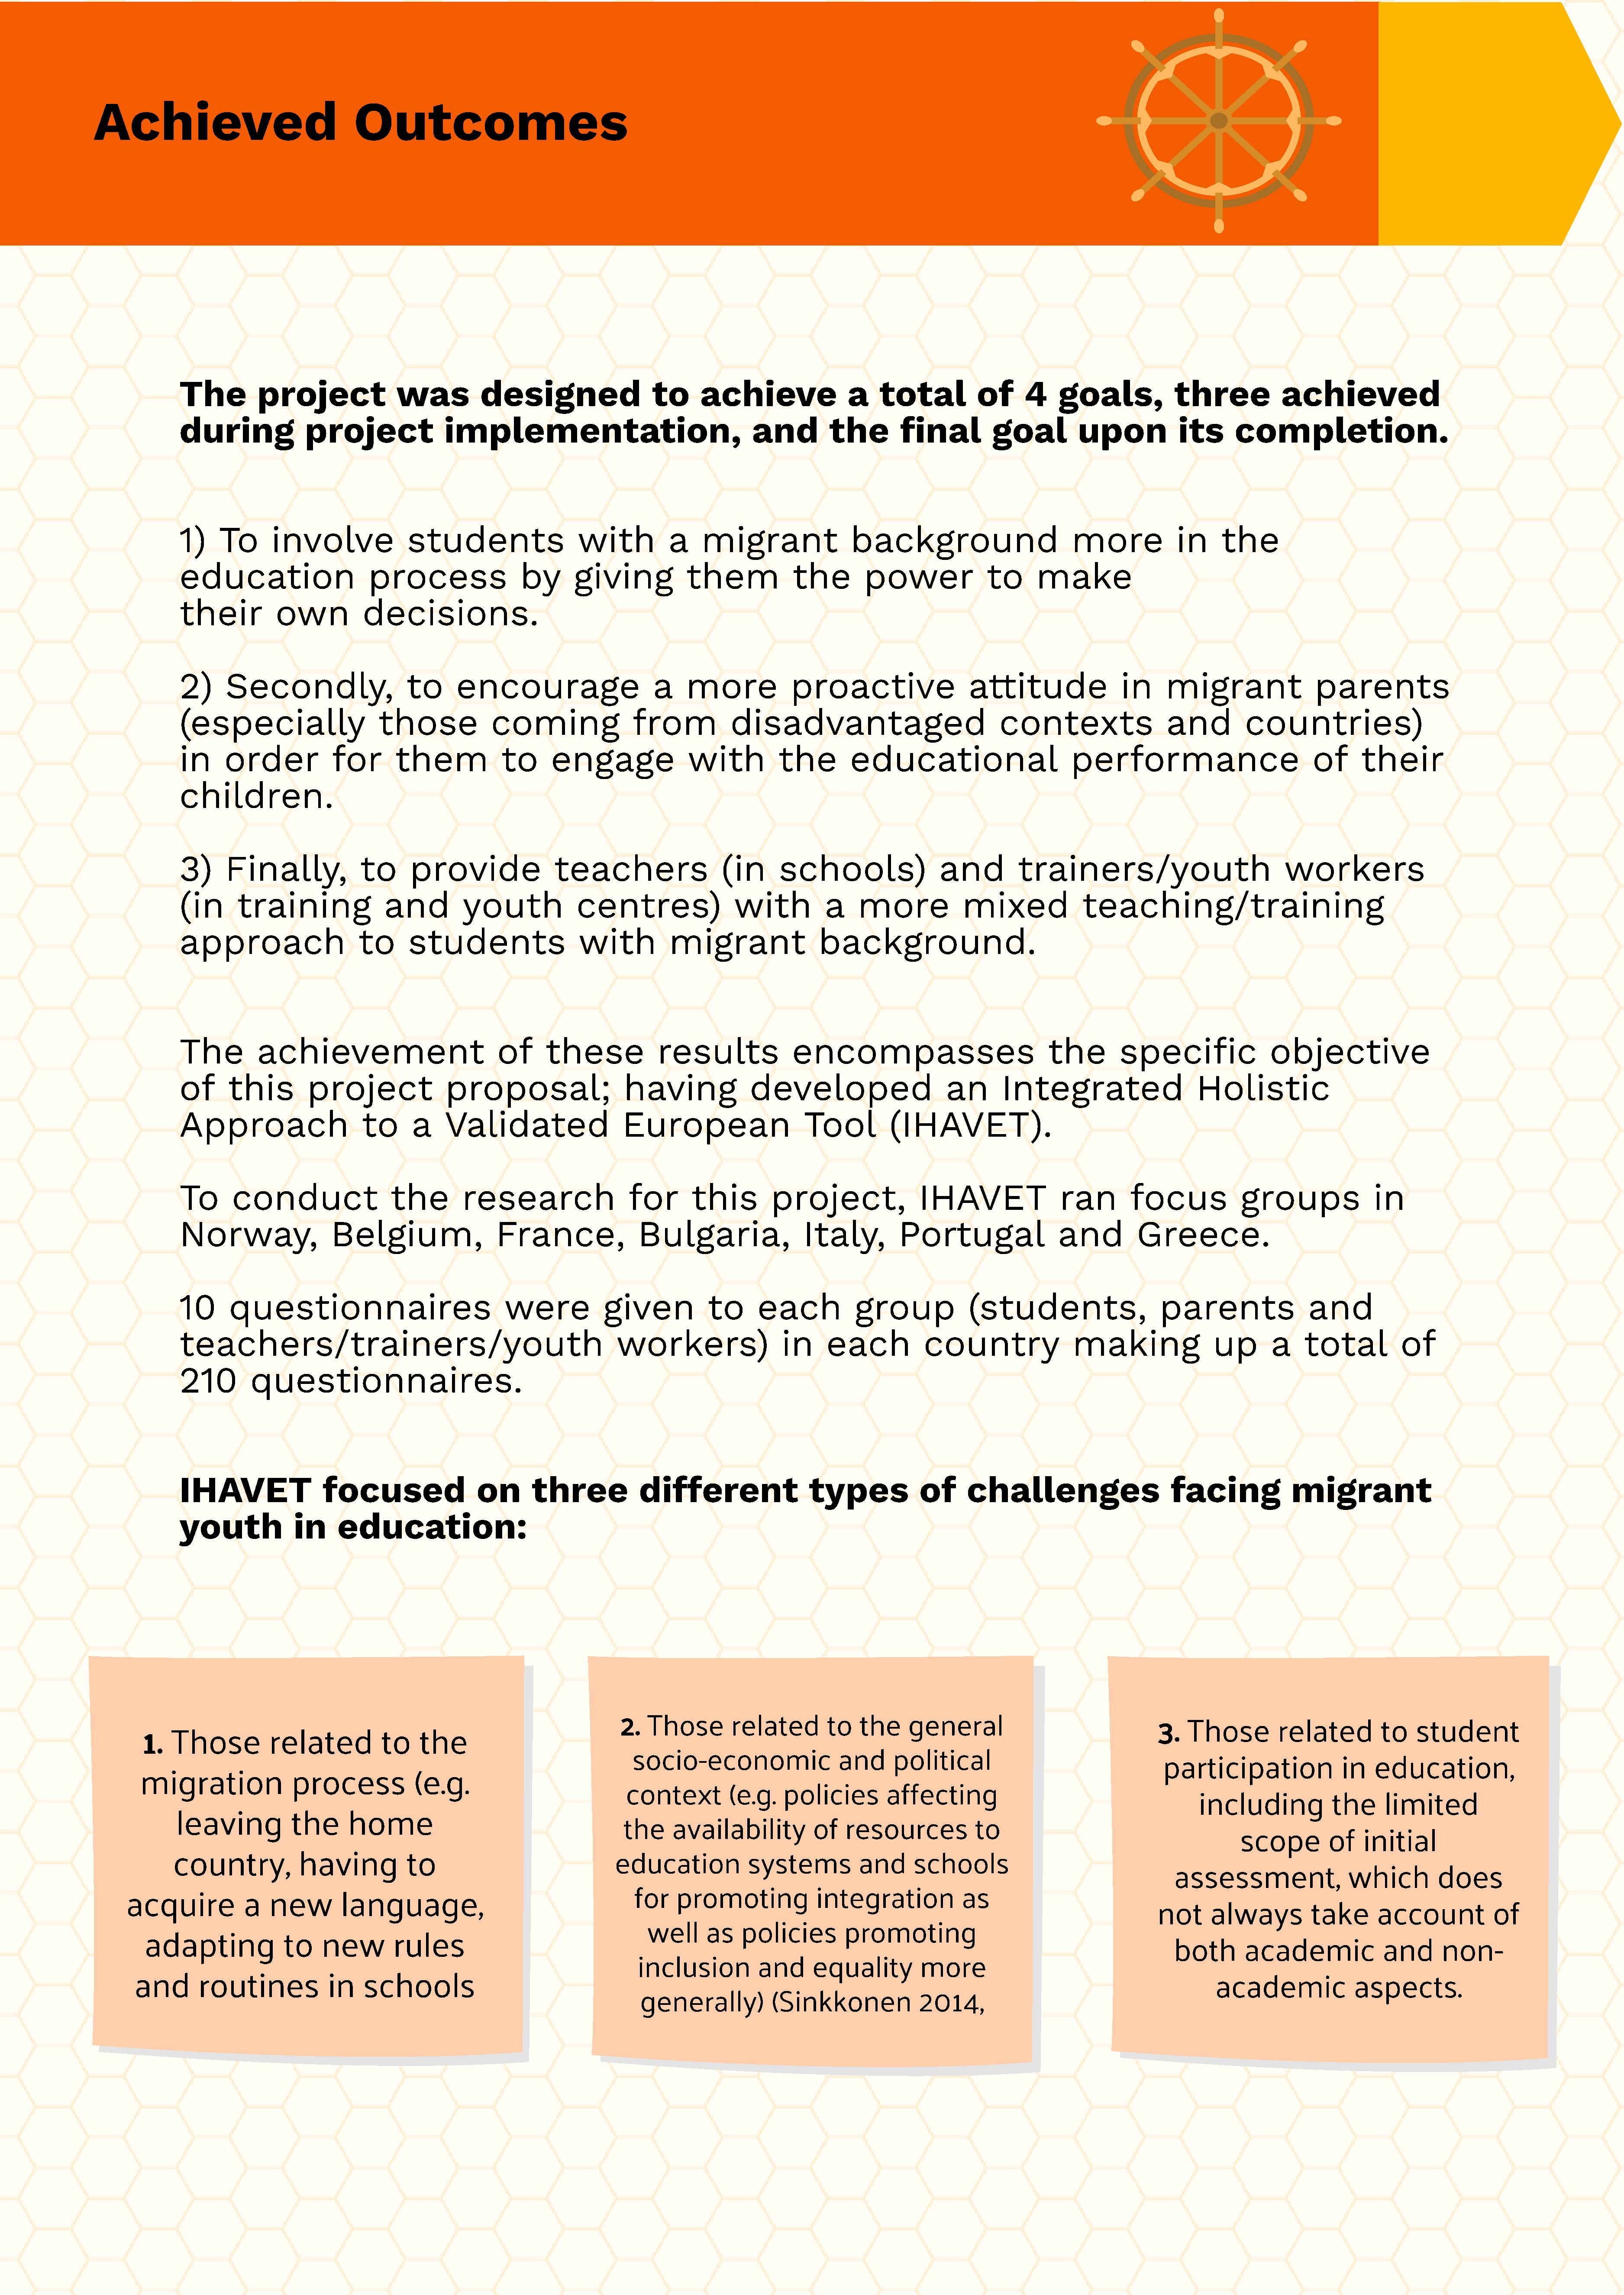
Achieved                                Outcomes
 The         project               was         designed                   to     achieve                a   total          of      4    goals,           three            achieved
 during              project              implementation,                                and         the        final         goal         upon           its      completion.
 1)    To      involve              students                  with          a    migrant                background                        more            in     the
 education                    process                by       giving           them            the        power              to     make
 their          own          decisions.
 2)     Secondly,                   to      encourage                     a    more            proactive                  attitude               in     migrant                parents
 (especially                    those            coming                from           disadvantaged                            contexts                 and         countries)
 in     order            for      them             to     engage               with          the        educational                       performance                          of     their
 children.
 3)     Finally,             to      provide               teachers                 (in      schools)                 and         trainers/youth                          workers
 (in      training               and         youth            centres)                with          a    more            mixed             teaching/training
 approach                    to     students                  with          migrant                background.
 The         achievement                          of     these            results              encompasses                            the        specific               objective
 of      this        project              proposal;                  having              developed                     an      Integrated                    Holistic
 Approach                    to      a    Validated                  European                    Tool         (IHAVET).
 To      conduct                  the        research                 for       this        project,              IHAVET                ran        focus            groups              in
 Norway,                 Belgium,                 France,               Bulgaria,                Italy,        Portugal                 and         Greece.
 10      questionnaires                            were           given           to      each           group            (students,                   parents                and
 teachers/trainers/youth                                            workers)                 in     each           country                making               up       a    total          of
 210        questionnaires.
 IHAVET                focused                 on      three            different                 types            of     challenges                     facing            migrant
 youth             in     education:
 2.  Those        related       to   the     general
 3.   Those        related         to   student
 1.  Those          related          to    the
 socio-economic                 and      political
 participation              in   education,
 migration               process           (e.g.
 context        (e.g.    policies       affecting
 including            the     limited
 leaving          the      home
 the     availability         of   resources           to
 scope        of   initial
 country,            having          to                              education           systems          and      schools
 assessment,                which         does
 for   promoting             integration           as
 acquire           a   new        language,
 not     always         take       account          of
 well     as   policies        promoting
 adapting             to    new        rules
 both       academic             and      non-
 inclusion          and     equality         more
 and      routines            in    schools                                                                                                                           academic             aspects.
 generally)          (Sinkkonen            2014,